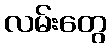
လမ်းတွေ